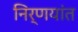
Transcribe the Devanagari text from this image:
निर्णयांत